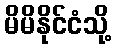
မိမိနိုင်ငံသို့